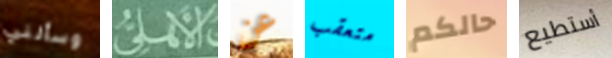
وسألني الأهلى عن متعقب حالكم أستطيع